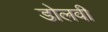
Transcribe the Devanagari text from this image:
डोलवी